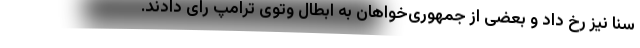
سنا نیز رخ داد و بعضی از جمهوری‌خواهان به ابطال وتوی ترامپ رای دادند.